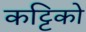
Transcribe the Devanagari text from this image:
कट्टिको